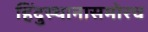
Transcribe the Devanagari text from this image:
हिंदुस्थानासमोरच